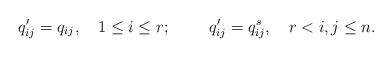
LaTeX: \begin{align*} q'_{ij} = q_{ij} , \ \ \ 1 \le i \le r; \ \ \ \ \ \ \ q'_{ij} = q_{ij}^s, \ \ \ r < i, j \le n. \end{align*}